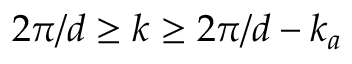
2 \pi / d \geq k \geq 2 \pi / d - k _ { a }